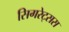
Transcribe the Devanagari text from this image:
सिगरेट्सस